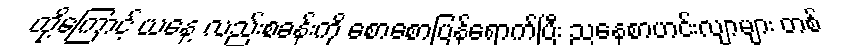
ထို့ကြောင့် ယနေ့ လည်းစခန်းကို စောစောပြန်ရောက်ပြီး ညနေစာဟင်းလျာများ တစ်